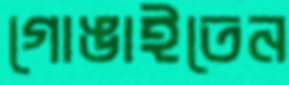
গোঙাইতেন